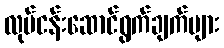
လုပ်ငန်းဆောင်ရွက်ချက်များ